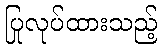
ပြုလုပ်ထားသည့်